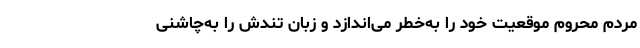
مردم محروم موقعیت خود را به‌خطر می‌اندازد و زبان تندش را به‌چاشنی